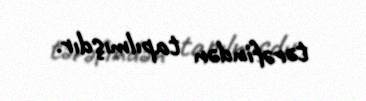
tərəfindən tapılmışdır.